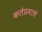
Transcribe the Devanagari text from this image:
कलेप्रमाणे